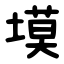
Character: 塻